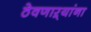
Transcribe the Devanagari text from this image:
ठेवणाऱ्यांना